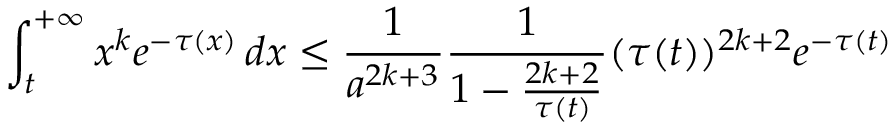
\int _ { t } ^ { + \infty } x ^ { k } e ^ { - \tau ( x ) } \, d x \leq \frac { 1 } { a ^ { 2 k + 3 } } \frac { 1 } { 1 - \frac { 2 k + 2 } { \tau ( t ) } } ( \tau ( t ) ) ^ { 2 k + 2 } e ^ { - \tau ( t ) }